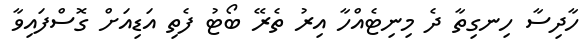
ހާދިސާ ހިނގިތާ ދެ މިނިޓެއްހާ އިރު ތެރޭ ބޯޓު ފެތި އަޑިއަށް ގޮސްފައިވާ